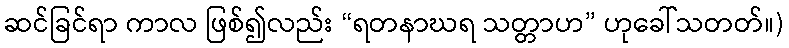
ဆင်ခြင်ရာ ကာလ ဖြစ်၍လည်း “ရတနာဃရ သတ္တာဟ” ဟုခေါ်သတတ်။)